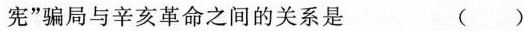
宪”骗局与辛亥革命之间的关系是 ( )